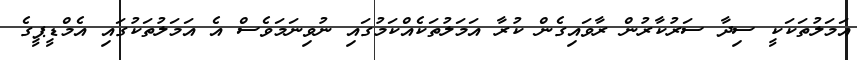
އަމަލުތަކަކީ ސިދާ ސަރުކާރުން ރާވައިގެން ކުރާ އަމަލުތަކެއްކަމުގައި ނުވިނަމަވެސް އެ އަމަލުތަކުގައި އެމްޑީޕީގެ